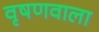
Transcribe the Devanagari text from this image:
वृषणवाला